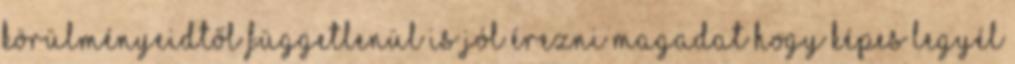
körülményeidtől függetlenül is jól érezni magadat hogy képes legyél